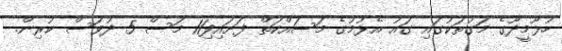
ހުޅޫމީދޫގެ މަގުތަކުގައި ގައު އެޅުމުގެ މަސައްކަތް ފަށައިފި11 މަސް 5 ދުވަސް ކުރިން.